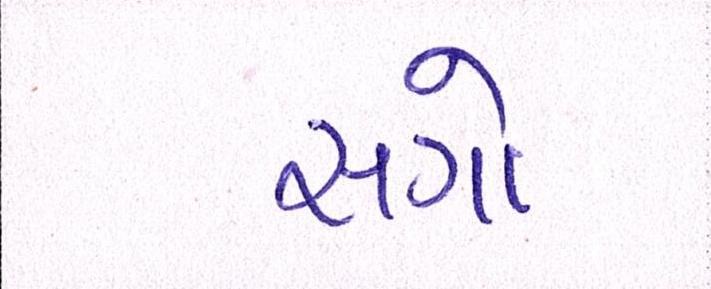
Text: સગો